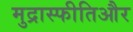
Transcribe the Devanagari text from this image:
मुद्रास्फीतिऔर